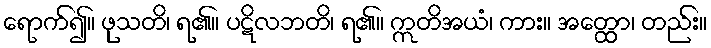
ရောက်၍။ ဖုသတိ၊ ရ၏။ ပဋိလဘတိ၊ ရ၏။ ဣတိအယံ၊ ကား။ အတ္ထော၊ တည်း။